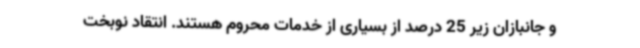
و جانبازان زیر 25 درصد از بسیاری از خدمات محروم هستند. انتقاد نوبخت